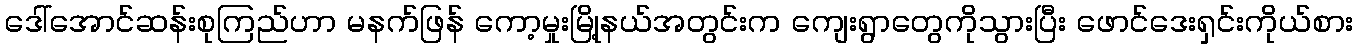
ဒေါ်အောင်ဆန်းစုကြည်ဟာ မနက်ဖြန် ကော့မှုးမြို့နယ်အတွင်းက ကျေးရွာတွေကိုသွားပြီး ဖောင်ဒေးရှင်းကိုယ်စား